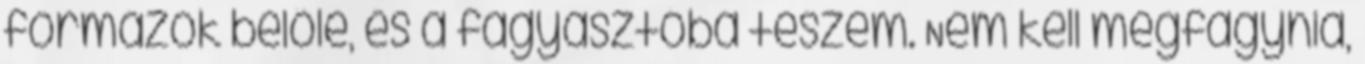
formázok belőle, és a fagyasztóba teszem. Nem kell megfagynia,